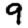
Digit: 9